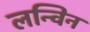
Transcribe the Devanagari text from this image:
लन्विन